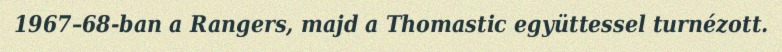
1967–68-ban a Rangers, majd a Thomastic együttessel turnézott.